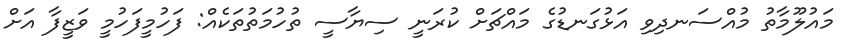
މައުލޫމާތު މުއްސަނދިވި އަޅުގަނޑުގެ މައްޗަށް ކުރަނީ ސިޔާސީ ތުހުމަތުތަކެއް: ފަހުމީފަހުމީ ވަޒީފާ އަށް